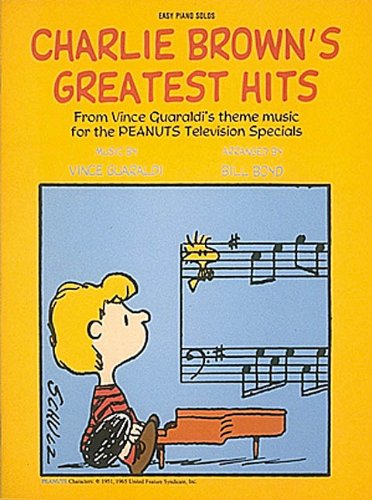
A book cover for Charlie Brown's Greatest Hits (Easy Piano Songbook); Bill Boyd; Children's Books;